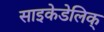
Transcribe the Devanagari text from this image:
साइकेडेलिक्